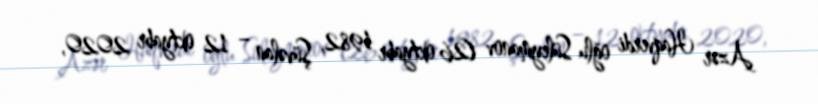
Azər Haqverdi oğlu Süleymanov (26 oktyabr 1982, Şüvəlan – 12 oktyabr 2020,